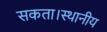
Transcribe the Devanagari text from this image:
सकता।स्थानीय